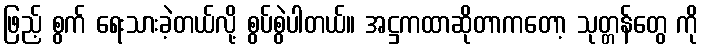
ဖြည့် စွက် ရေးသားခဲ့တယ်လို့ စွပ်စွဲပါတယ်။ အဋ္ဌကထာဆိုတာကတော့ သုတ္တန်တွေ ကို